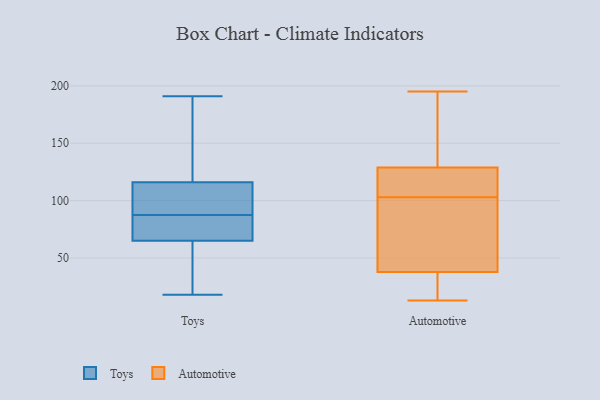
{"axis": {"x": "Revenue (USD Million)", "y": "Value"}, "legend": ["Automotive", "Toys"], "data": [{"x": "", "y": 141, "type": "Toys"}, {"x": "", "y": 18, "type": "Toys"}, {"x": "", "y": 87, "type": "Toys"}, {"x": "", "y": 67, "type": "Toys"}, {"x": "", "y": 83, "type": "Toys"}, {"x": "", "y": 103, "type": "Toys"}, {"x": "", "y": 110, "type": "Toys"}, {"x": "", "y": 169, "type": "Toys"}, {"x": "", "y": 81, "type": "Toys"}, {"x": "", "y": 98, "type": "Toys"}, {"x": "", "y": 27, "type": "Toys"}, {"x": "", "y": 122, "type": "Toys"}, {"x": "", "y": 63, "type": "Toys"}, {"x": "", "y": 191, "type": "Toys"}, {"x": "", "y": 88, "type": "Toys"}, {"x": "", "y": 57, "type": "Toys"}, {"x": "", "y": 73, "type": "Automotive"}, {"x": "", "y": 25, "type": "Automotive"}, {"x": "", "y": 195, "type": "Automotive"}, {"x": "", "y": 111, "type": "Automotive"}, {"x": "", "y": 125, "type": "Automotive"}, {"x": "", "y": 136, "type": "Automotive"}, {"x": "", "y": 43, "type": "Automotive"}, {"x": "", "y": 13, "type": "Automotive"}, {"x": "", "y": 31, "type": "Automotive"}, {"x": "", "y": 184, "type": "Automotive"}, {"x": "", "y": 79, "type": "Automotive"}, {"x": "", "y": 125, "type": "Automotive"}, {"x": "", "y": 103, "type": "Automotive"}, {"x": "", "y": 105, "type": "Automotive"}, {"x": "", "y": 36, "type": "Automotive"}, {"x": "", "y": 130, "type": "Automotive"}, {"x": "", "y": 65, "type": "Automotive"}, {"x": "", "y": 133, "type": "Automotive"}, {"x": "", "y": 29, "type": "Automotive"}]}